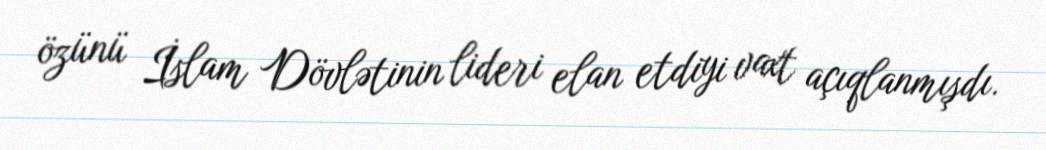
özünü İslam Dövlətinin lideri elan etdiyi vaxt açıqlanmışdı.